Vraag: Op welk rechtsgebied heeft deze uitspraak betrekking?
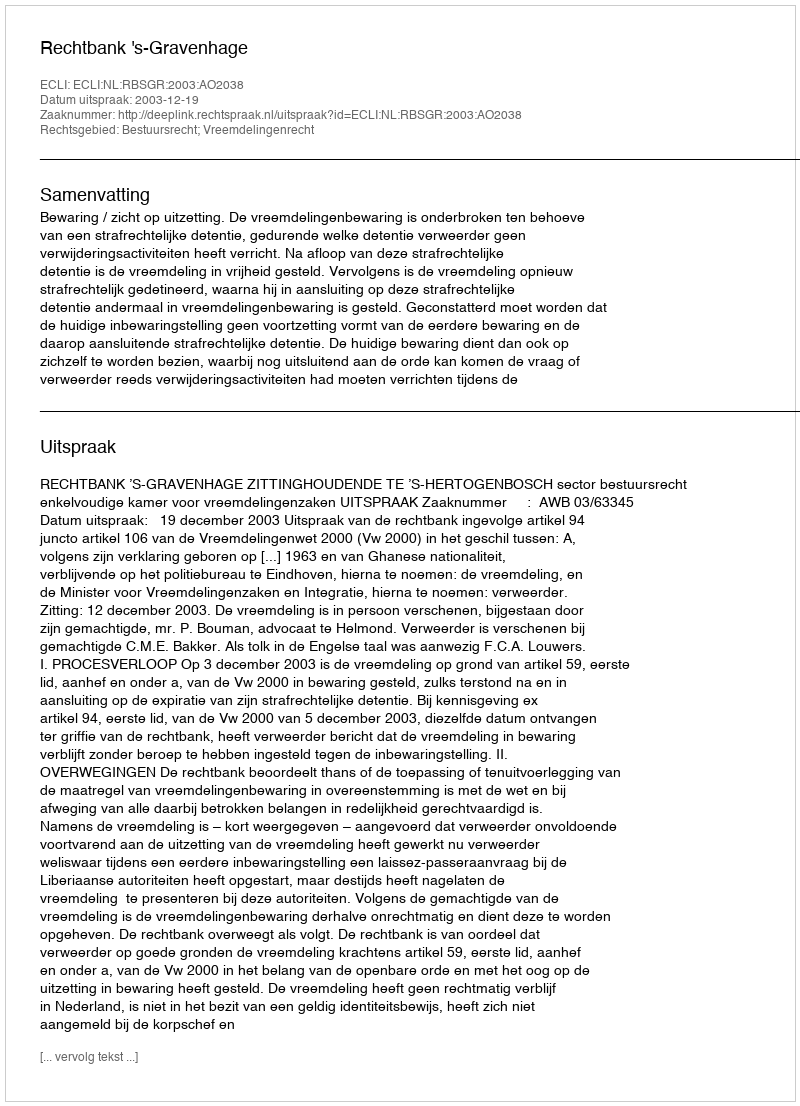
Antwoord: Bestuursrecht; Vreemdelingenrecht